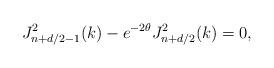
LaTeX: \begin{align*}J_{n+d/2-1}^{2}(k)-e^{-2\theta}J_{n+d/2}^{2}(k)=0,\end{align*}